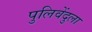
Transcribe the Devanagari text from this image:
पुलिवेंदुला